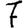
Digit: 7